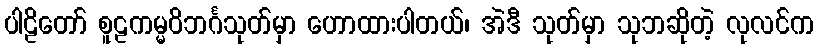
ပါဠိတော် စူဠကမ္မဝိဘင်္ဂသုတ်မှာ ဟောထားပါတယ်၊ အဲဒီ သုတ်မှာ သုဘဆိုတဲ့ လုလင်က